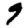
Digit: 9